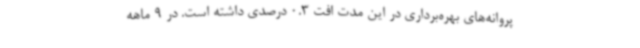
پروانه‌های بهره‌برداری در این مدت افت 0.3 درصدی داشته است. در 9 ماهه